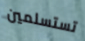
تستسلمين